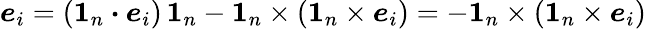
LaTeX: \boldsymbol{e}_{i}=(\boldsymbol{1}_{n}\boldsymbol{\cdot}\boldsymbol{e}_{i})\, \boldsymbol{1}_{n}-\boldsymbol{1}_{n}\times(\boldsymbol{1}_{n}\times\boldsymbol{e}_{i})=-\boldsymbol{1}_{n}\times(\boldsymbol{1}_{n}\times\boldsymbol{e}_{i})